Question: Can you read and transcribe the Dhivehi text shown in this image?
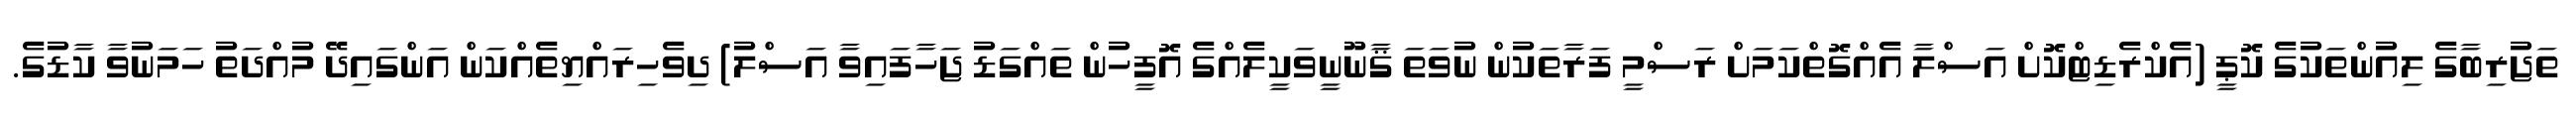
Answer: ތަޖުރިބާގެ ލިއުންތަކުގެ ކޮޕީ (އެކްރެޑިޓްކޮށް އަސްލާ އެއްގޮތްކަމަށް ރަސްމީ ފަރާތަކުން ނުވަތަ ޤާނޫނީވަކީލެއްގެ އޮފީހުން ތައްގަޑު ޖަހާފައިވާ އަސްލު) ދިވެހިރައްޔިތެއްކަން އަންގައިދޭ މުއްދަތު ހަމަނުވާ ކާޑުގެ.